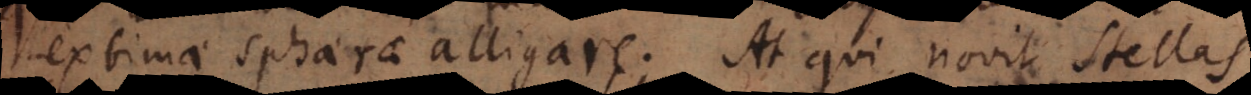
extimae sphaerae alligare. At qui novit stellas